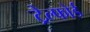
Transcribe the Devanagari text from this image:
ट्रेल्फोर्ड